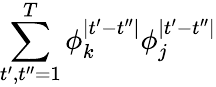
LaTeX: \sum_{t^{\prime},t^{\prime\prime}=1}^{T}\phi_{k}^{\mid t^{\prime}-t^{\prime\prime}\mid}\phi_{j}^{\mid t^{\prime}-t^{\prime\prime}\mid}